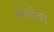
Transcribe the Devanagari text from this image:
लेणीवर